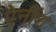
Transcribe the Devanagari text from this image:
पेर्नीश